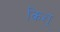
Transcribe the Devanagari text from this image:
किश्